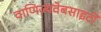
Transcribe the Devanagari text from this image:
वाणिज्यवेबसाइटों